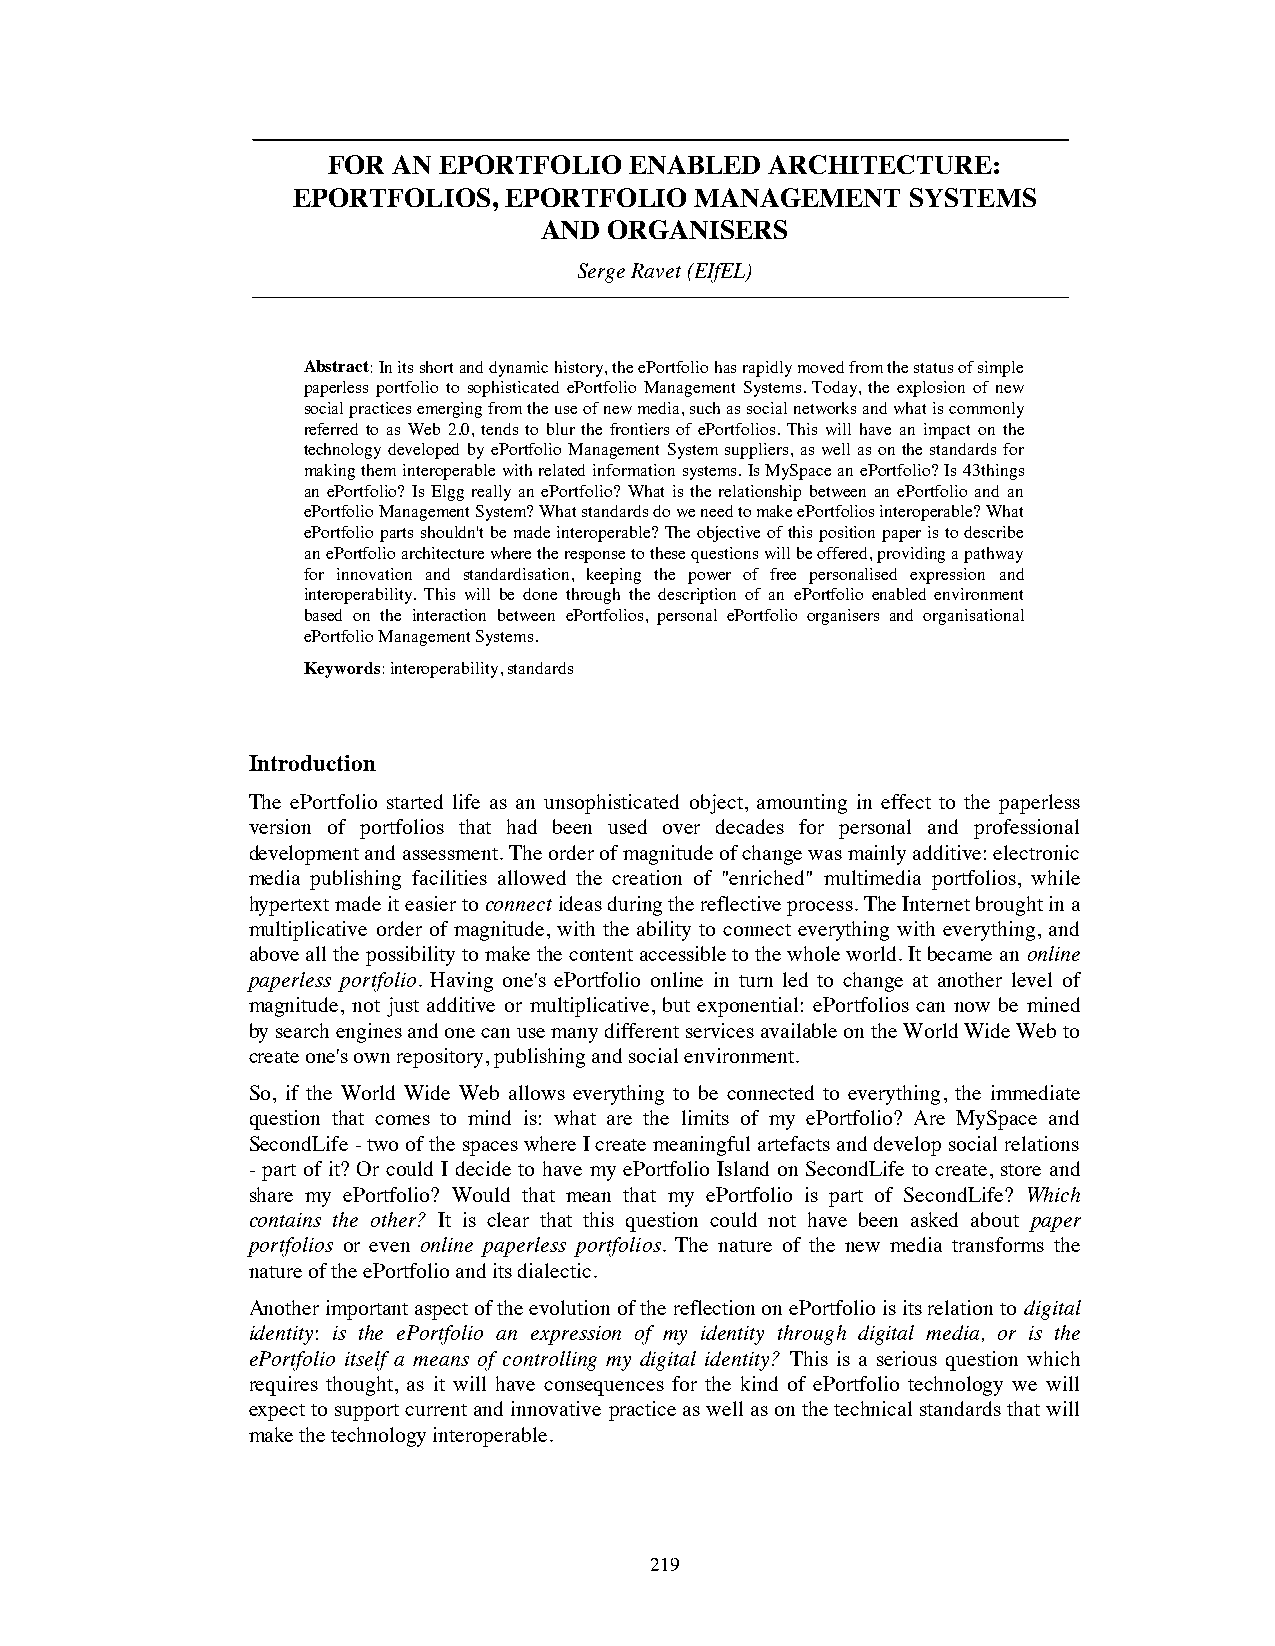
FOR AN EPORTFOLIO   ENABLED  ARCHITECTURE:
 EPORTFOLIOS,  EPORTFOLIO   MANAGEMENT    SYSTEMS
 AND ORGANISERS
 Serge Ravet(EIfEL)
 Abstract:In its short and dynamic history, the ePortfolio has rapidly moved from the status of simple
 paperless portfolio to sophisticated ePortfolio Management Systems. Today, the explosion of new
 social practices emerging from the use of new media, such as social networks and what is commonly
 referred to as Web 2.0, tends to blur the frontiers of ePortfolios. This will have an impact on the
 technology developed by ePortfolio Management System suppliers, as well as on the standards for
 making them interoperable with related information systems. Is MySpace an ePortfolio? Is 43things
 an ePortfolio? Is Elgg really an ePortfolio? What is the relationship between an ePortfolio and an
 ePortfolio Management System? What standards do we need to make ePortfolios interoperable? What
 ePortfolio parts shouldn't be made interoperable?The objective of this position paper is to describe
 an ePortfolio architecture where the response to these questions will be offered, providing a pathway
 for innovation and standardisation, keeping the power of free personalised expression and
 interoperability. This will be done through the description of an ePortfolio enabled environment
 based on the interaction between ePortfolios, personal ePortfolio organisers and organisational
 ePortfolio Management Systems.
 Keywords:interoperability, standards
 Introduction
 The ePortfolio started life as an unsophisticated object, amounting in effect to the paperless
 version of portfolios that had been used over decades for personal and professional
 development and assessment. The order of magnitude of change was mainly additive: electronic
 media publishing facilities allowed the creation of "enriched" multimedia portfolios, while
 hypertext made it easier toconnectideas during the reflective process. The Internet brought in a
 multiplicative order of magnitude, with the ability to connect everything with everything, and
 above all the possibility to make the content accessible to the whole world. It became an online
 paperless portfolio. Having one's ePortfolio online in turn led to change at another level of
 magnitude, not just additive or multiplicative, but exponential: ePortfolios can now be mined
 by search engines and one can use many different services available on the World Wide Web to
 create one's own repository, publishing and social environment.
 So, if the World Wide Web allows everything to be connected to everything, the immediate
 question that comes to mind is: what are the limits of my ePortfolio? Are MySpace and
 SecondLife - two of the spaces where I create meaningful artefacts and develop social relations
 - part of it? Or could I decide to have my ePortfolio Island on SecondLife to create, store and
 share my ePortfolio? Would that mean that my ePortfolio is part of SecondLife? Which
 contains the other? It is clear that this question could not have been asked about paper
 portfolios or even online paperless portfolios. The nature of the new media transforms the
 nature of the ePortfolio and its dialectic.
 Another important aspect of the evolution of the reflection on ePortfolio is its relation to digital
 identity: is the ePortfolio an expression of my identity through digital media, or is the
 ePortfolio itself a means of controlling my digital identity? This is a serious question which
 requires thought, as it will have consequences for the kind of ePortfolio technology we will
 expect to support current and innovative practice as well as on the technical standards that will
 make the technology interoperable.
 219